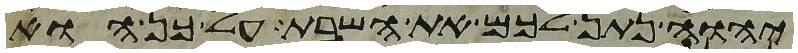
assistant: יהוה נתן לכם את השבת על כן הוא